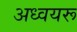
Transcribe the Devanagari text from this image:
अध्वयरू